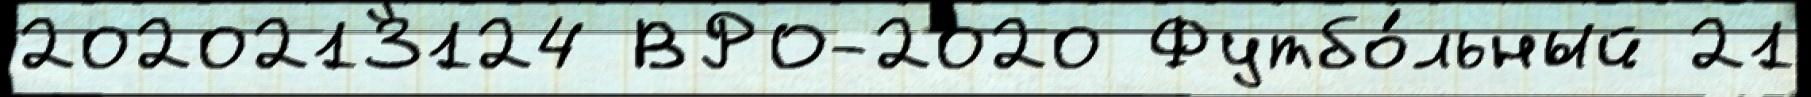
2020213124 ВРО-2020 Футбо́льный 21